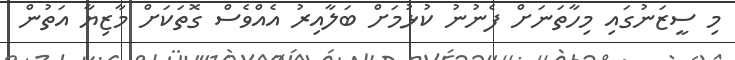
މި ސީޒަނުގައި މިހާތަނަށް ފެނުނު ކުޅުމަށް ބަލާއިރު އެއްވެސް ގޮތަކަށް މާޒިޔާ އަތުން